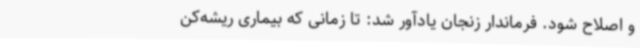
و اصلاح شود. فرماندار زنجان یادآور شد: تا زمانی که بیماری ریشه‌کن